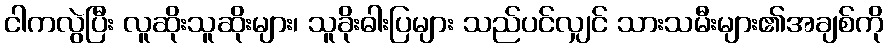
ငါကလွဲပြီး လူဆိုးသူဆိုးများ၊ သူခိုးဓါးပြများ သည်ပင်လျှင် သားသမီးများ၏အချစ်ကို